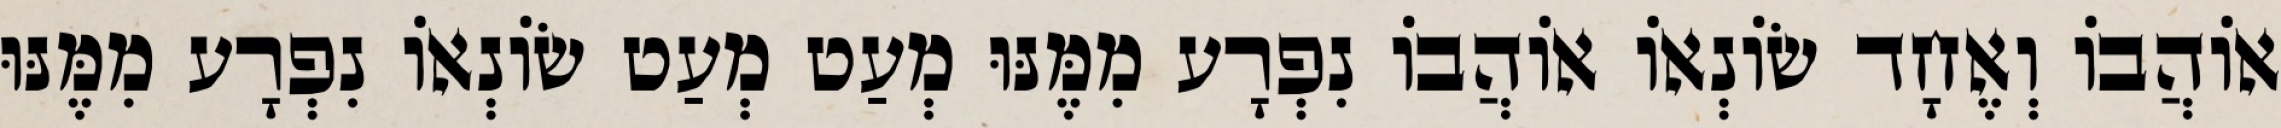
אוֹהֲבוֹ וְאֶחָד שׂוֹנְאוֹ אוֹהֲבוֹ נִפְרָע מִמֶּנּוּ מְעַט מְעַט שׂוֹנְאוֹ נִפְרָע מִמֶּנּוּ